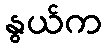
နွယ်က